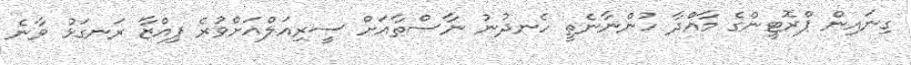
ގިނައިން ޕްރޮޓީންގެ މާއްދާ ހުންނާނެތީ ހެނދުނު ނާސްތާއަށް ސީރިއަލްއަށްވުރެ ޕިއްޒާ ރަނގަޅު ވާނެ